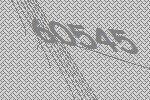
60545